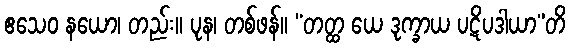
ဧသေဝ နယော၊ တည်း။ ပုန၊ တစ်ဖန်။ “တတ္ထ ယေ ဒုက္ခာယ ပဋိပဒါယာ”တိ